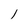
Character: l